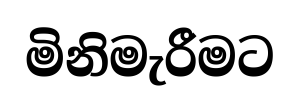
මිනිමැරීමට